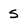
Character: s